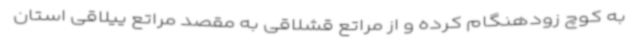
به کوچ زودهنگام کرده و از مراتع قشلاقی به مقصد مراتع ییلاقی استان